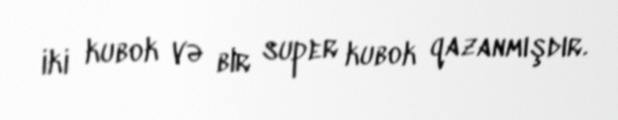
iki kubok və bir super kubok qazanmışdır.